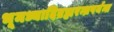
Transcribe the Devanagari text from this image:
भूमध्यादिब्रह्मरन्ध्रपर्यन्त